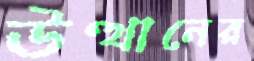
উত্থানের